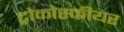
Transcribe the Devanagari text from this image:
ट्रोकोस्फीयर